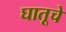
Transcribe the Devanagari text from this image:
घातूचे